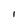
Character: l